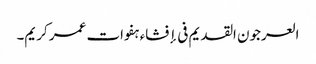
العرجون القدیم فی إفشاء ہفوات عمر کریم۔